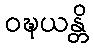
ဝဍ္ဎယန္တိ